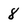
Character: 8